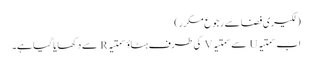
(لکیری فضا سے رجوع مکرر)
اب سمتیہ U سے سمتیہ V کی طرف ہٹاؤ سمتیہ R سے دکھایا گیا ہے۔